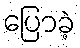
ပြောခဲ့